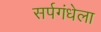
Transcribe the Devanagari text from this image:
सर्पगंधेला